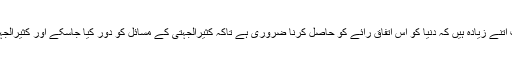
تاجیک نے کہا کہ کرونا وائرس کے اثرات اتنے زیادہ ہیں کہ دنیا کو اس اتفاق رائے کو حاصل کرنا ضروری ہے تاکہ کثیرالجہتی کے مسائل کو دور کیا جاسکے اور کثیرالجہتی کی بنیاد پر دنیا پر حکمرانی کی جائے۔